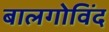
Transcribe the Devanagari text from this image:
बालगोविंद